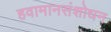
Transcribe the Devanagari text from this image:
हवामानसंशोधन